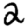
Digit: 2